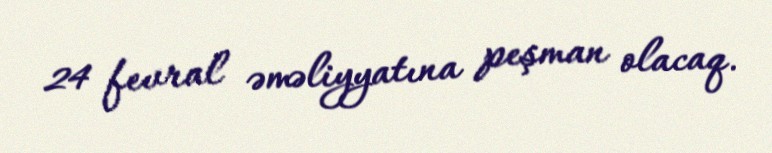
24 fevral əməliyyatına peşman olacaq.